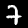
Digit: 7